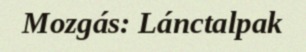
Mozgás: Lánctalpak